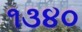
૧૩૪૦